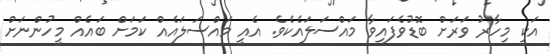
އަކީ މިހާރު ވަރަށް ބޮޑުވެފައިވާ މައްސަލައެކެވެ. އެއީ މައްސަލައެއް ކަމަށް ބައެއް މީހުންނަށް